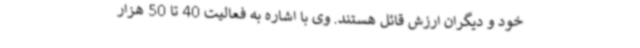
خود و دیگران ارزش قائل هستند. وی با اشاره به فعالیت 40 تا 50 هزار